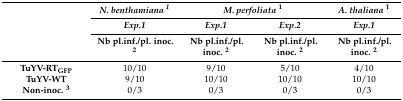
| <ROWSPAN=3>  | N. benthamiana 1 | <COLSPAN=2> M. perfoliata1 | A. thaliana1 |
 | Exp.1 | Exp.1 | Exp.2 | Exp.1 |
 | Nb pl.inf./pl. inoc. 2 | Nb pl.inf./pl. inoc. 2 | Nb pl.inf./pl. inoc. 2 | Nb pl.inf./pl. inoc. 2 |
 | --- | --- | --- | --- | --- |
 | TuYV-RTGFP | 10/10 | 9/10 | 5/10 | 4/10 |
 | TuYV-WT | 9/10 | 10/10 | 10/10 | 10/10 |
 | Non-inoc. 3 | 0/3 | 0/3 | 0/3 | 0/3 |